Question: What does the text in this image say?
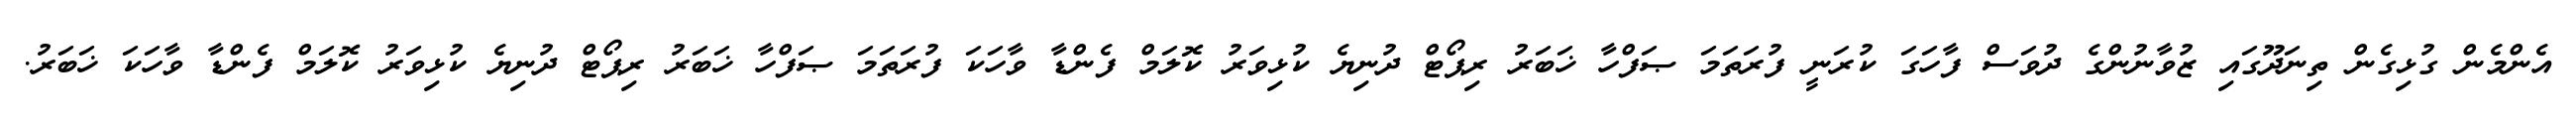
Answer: އެންމެން ގުޅިގެން ތިނަދޫގައި ޒުވާނުންގެ ދުވަސް ފާހަގަ ކުރަނީ ފުރަތަމަ ޞަފްހާ ޚަބަރު ރިޕޯޓް ދުނިޔެ ކުޅިވަރު ކޮލަމް ފެންޑާ ވާހަކަ ފުރަތަމަ ޞަފްހާ ޚަބަރު ރިޕޯޓް ދުނިޔެ ކުޅިވަރު ކޮލަމް ފެންޑާ ވާހަކަ ޚަބަރު.